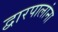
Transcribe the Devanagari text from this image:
द्वारपालांना